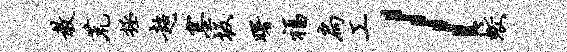
教荒拯超塞坂曙福扃工l蛟